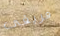
فريقى